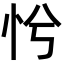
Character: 𢗴